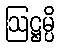
ဩဋ္ဌမ္ပိ